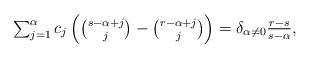
LaTeX: \begin{align*}\textstyle \sum_{j=1}^\alpha c_j \left({s - \alpha + j \choose j} - {r - \alpha + j \choose j}\right) = \delta_{\alpha \ne 0} \frac{r-s}{s-\alpha},\end{align*}